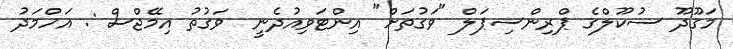
މަގޫދޫ ސުކޫލްގެ ޕްރިންސިޕަލް "ވަގުތަށް" އިންޓަވިއުދެނީ  ވަގުތު އިމޭޖްސް : އަހްމަދު